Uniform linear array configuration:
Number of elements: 48
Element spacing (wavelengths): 0.5
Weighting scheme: exponential
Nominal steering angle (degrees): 30
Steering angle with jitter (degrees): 31.179
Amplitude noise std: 0.05
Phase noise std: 0.05

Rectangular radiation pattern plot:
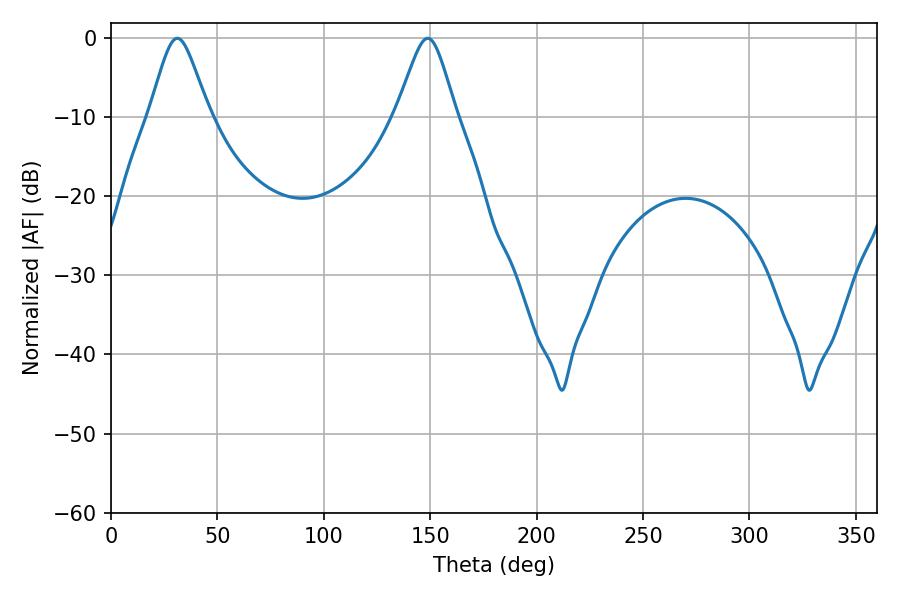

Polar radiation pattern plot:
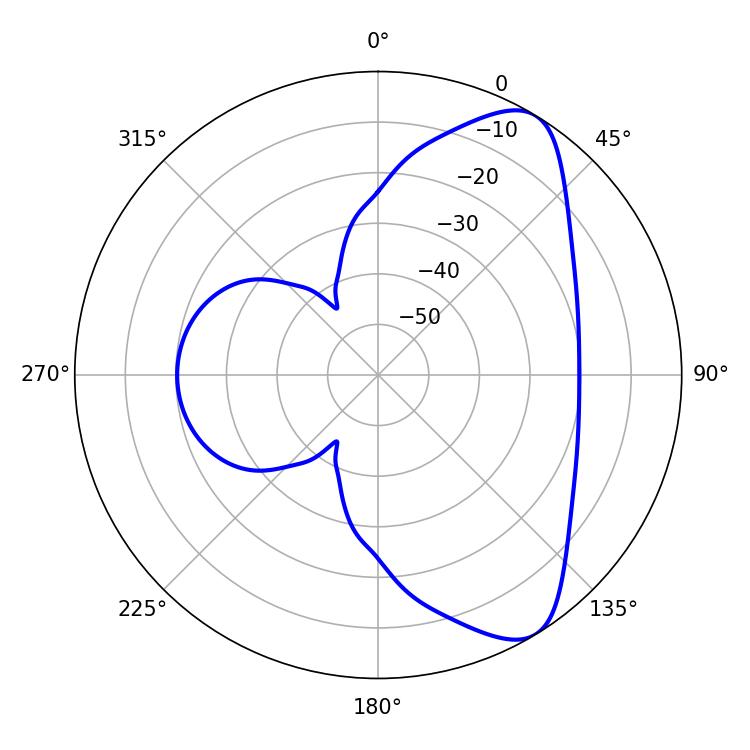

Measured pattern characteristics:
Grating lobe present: FALSE
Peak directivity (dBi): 8.09
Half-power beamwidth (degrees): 13.5
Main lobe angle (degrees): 31.14